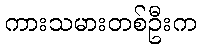
ကားသမားတစ်ဦးက